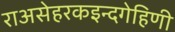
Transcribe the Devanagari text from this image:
राअसेहरकइन्दगेहिणी